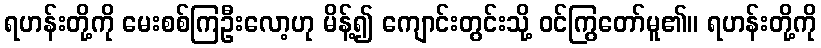
ရဟန်းတို့ကို မေးစစ်ကြဦးလော့ဟု မိန့်၍ ကျောင်းတွင်းသို့ ဝင်ကြွတော်မူ၏။ ရဟန်းတို့ကို